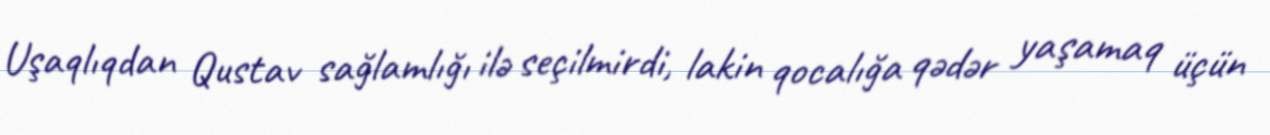
Uşaqlıqdan Qustav sağlamlığı ilə seçilmirdi, lakin qocalığa qədər yaşamaq üçün